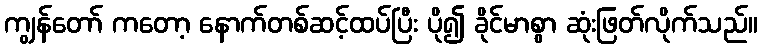
ကျွန်တော် ကတော့ နောက်တစ်ဆင့်ထပ်ပြီး ပို၍ ခိုင်မာစွာ ဆုံးဖြတ်လိုက်သည်။